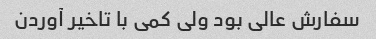
سفارش عالی بود ولی کمی با تاخیر آوردن